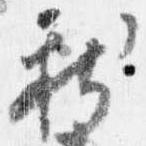
新